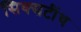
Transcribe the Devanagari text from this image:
सिक्सटींथ